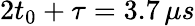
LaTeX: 2t_{0}+\tau=3.7\, \mu s